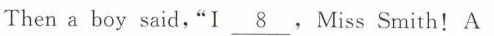
Thena boy said,"I \underline{8},Miss Smith!A